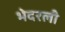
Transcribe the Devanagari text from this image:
भेदरली